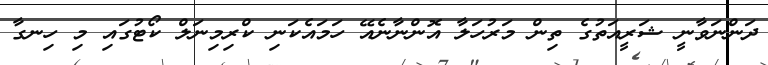
ދަންނަވާނީ ޝަރީއަތުގެ ތިން މަރުހަލާ އޮންނާނެއޭ ހަމައެކަނި ކްރިމިނަލް ކޯޓުގައި މި ހިނގާ